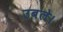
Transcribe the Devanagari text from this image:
उबले।